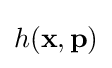
{\textstyle h(\mathbf {x} ,\mathbf {p} )}